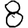
Digit: 8